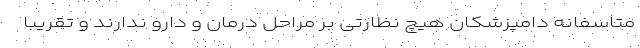
متاسفانه دامپزشکان هیچ نظارتی بر مراحل درمان و دارو ندارند و تقریبا